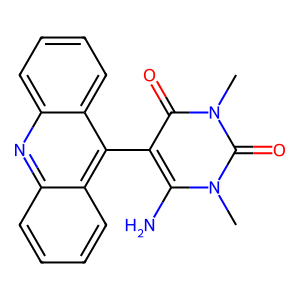
SMILES: Cn1c(N)c(-c2c3ccccc3nc3ccccc23)c(=O)n(C)c1=O
Inhibits HIV replication: No